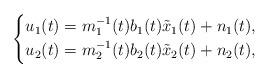
LaTeX: \begin{align*} \left\{ \begin{aligned} u_{1}(t)=m_{1}^{-1}(t)b_{1}(t)\tilde{x}_{1}(t)+n_{1}(t), \\ u_{2}(t)=m_{2}^{-1}(t)b_{2}(t)\tilde{x}_{2}(t)+n_{2}(t),\end{aligned}\right.\end{align*}